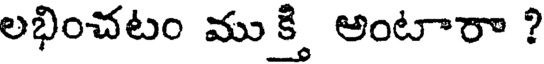
లభించటం ముక్తి అంటారా ?